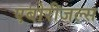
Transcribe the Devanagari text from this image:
एबोरीजल्स